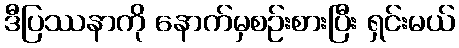
ဒီပြဿနာကို နောက်မှစဉ်းစားပြီး ရှင်းမယ်